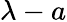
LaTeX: \lambda-a